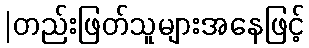
|တည်းဖြတ်သူများအနေဖြင့်